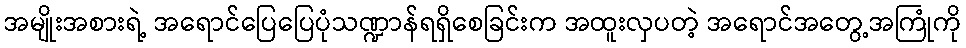
အမျိုးအစားရဲ့ အရောင်ပြေပြေပုံသဏ္ဍာန်ရရှိစေခြင်းက အထူးလှပတဲ့ အရောင်အတွေ့အကြုံကို